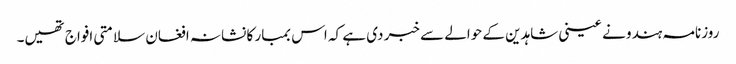
روزنامہ ہندو نے عینی شاہدین کے حوالے سے خبر دی ہے کہ اس بمبار کا نشانہ افغان سلامتی افواج تھیں۔